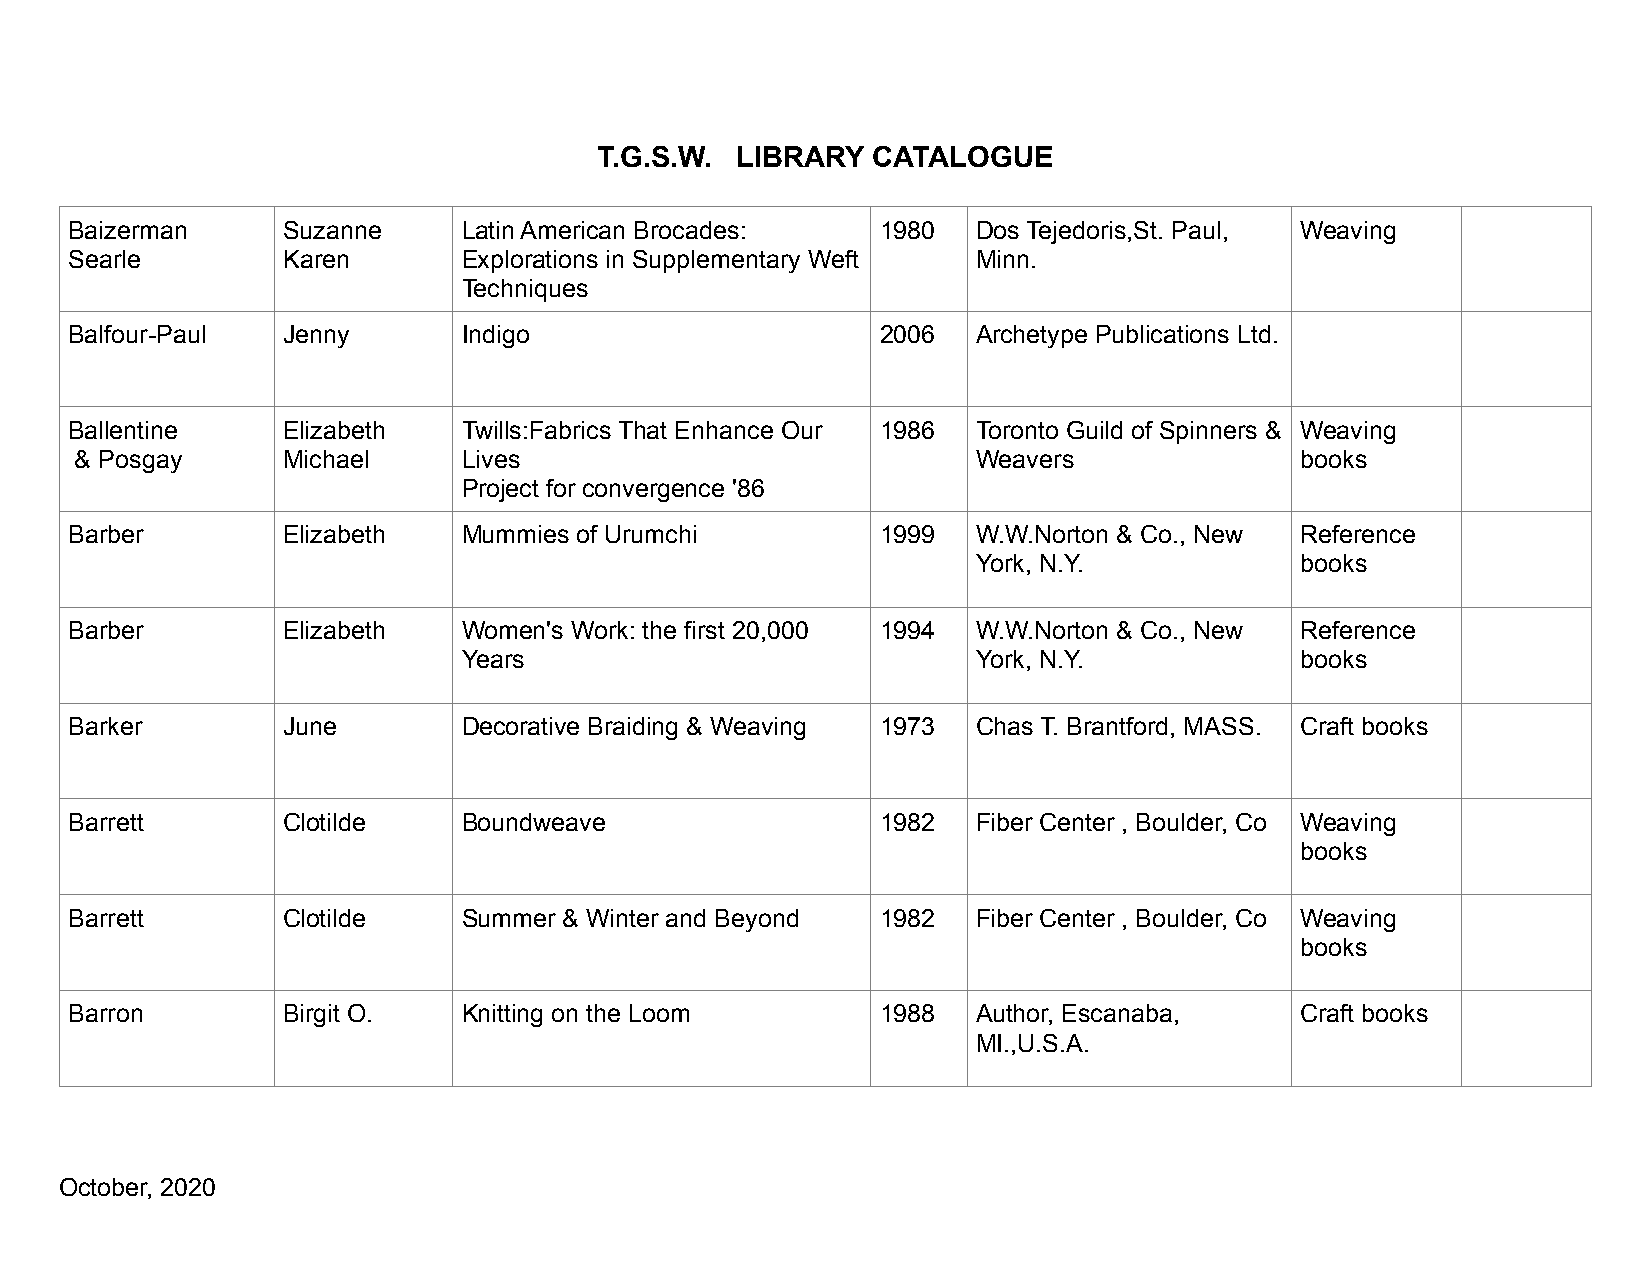
T.G.S.W. LIBRARY  CATALOGUE
 Baizerman     Suzanne     Latin American Brocades:   1980   Dos Tejedoris,St. Paul, Weaving
 Searle        Karen       Explorations in Supplementary Weft Minn.
 Techniques
 Balfour-Paul  Jenny       Indigo                     2006   Archetype Publications Ltd.
 Ballentine    Elizabeth   Twills:Fabrics That Enhance Our 1986 Toronto Guild of Spinners & Weaving
 & Posgay      Michael     Lives                             Weavers              books
 Project for convergence '86
 Barber        Elizabeth   Mummies of Urumchi         1999   W.W.Norton & Co., New Reference
 York, N.Y.           books
 Barber        Elizabeth   Women's Work: the first 20,000 1994 W.W.Norton & Co., New Reference
 Years                             York, N.Y.           books
 Barker        June        Decorative Braiding & Weaving 1973 Chas T. Brantford, MASS. Craft books
 Barrett       Clotilde    Boundweave                 1982   Fiber Center , Boulder, Co Weaving
 books
 Barrett       Clotilde    Summer & Winter and Beyond 1982   Fiber Center , Boulder, Co Weaving
 books
 Barron        Birgit O.   Knitting on the Loom       1988   Author, Escanaba,    Craft books
 MI.,U.S.A.
 October, 2020